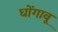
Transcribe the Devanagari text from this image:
घोंगावू